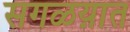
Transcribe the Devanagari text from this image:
सगळय़ात